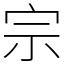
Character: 宗